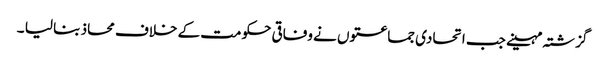
گزشتہ مہینے جب اتحادی جماعتوں نے وفاقی حکومت کے خلاف محاذ بنا لیا ۔